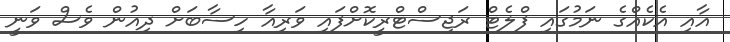
އާއި އެކެއްގެ ނަމުގައި ފްލެޓް ރަޖިސްޓްރީކޮށްފައި ވަރިއާ ހިސާބަށް ދިއުން ވެސް ވަނީ